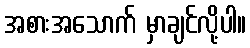
အစားအသောက် မှာချင်လို့ပါ။